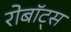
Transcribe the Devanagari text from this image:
रोबॉट्स